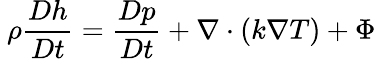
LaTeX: \ \rho{\frac{Dh}{Dt}}={\frac{Dp}{Dt}}+\nabla\cdot\left(k\nabla T\right)+\Phi